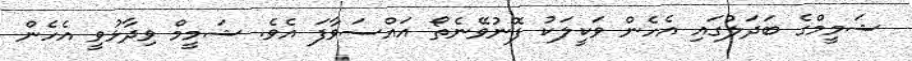
ޝަމީމްގެ ބަދަލުގައި އެހެން ވަކީލަކު ފޮނުވޭނެތޯ އައްސަވާފަ އެވެ. ޝަމީމް ވިދާޅުވީ އެހެން